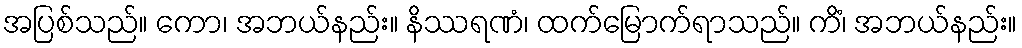
အပြစ်သည်။ ကော၊ အဘယ်နည်း။ နိဿရဏံ၊ ထက်မြောက်ရာသည်။ ကိံ၊ အဘယ်နည်း။